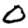
Digit: 0